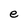
Character: e